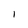
Character: 1